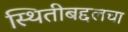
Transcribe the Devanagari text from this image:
स्थितीबद्दलचा